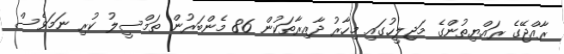
ރާއްޖޭގެ ރައްޔިތުންގެ މަޖިލީހުގައި މިހާރު ދާއިރާތަކުން 86 މެންބަރުން ތަމްސީލު ކުރި ނަމަވެސް